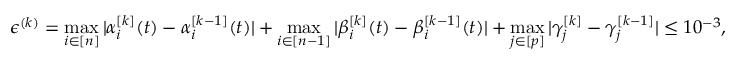
\epsilon ^ { ( k ) } = \operatorname* { m a x } _ { i \in [ n ] } | \alpha _ { i } ^ { [ k ] } ( t ) - \alpha _ { i } ^ { [ k - 1 ] } ( t ) | + \operatorname* { m a x } _ { i \in [ n - 1 ] } | \beta _ { i } ^ { [ k ] } ( t ) - \beta _ { i } ^ { [ k - 1 ] } ( t ) | + \operatorname* { m a x } _ { j \in [ p ] } | \gamma _ { j } ^ { [ k ] } - \gamma _ { j } ^ { [ k - 1 ] } | \le 1 0 ^ { - 3 } ,